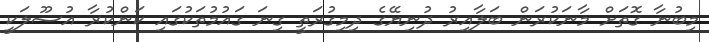
މިބުނާ ގޮތަށް މާނަކުރަން ބަލާއިރު ދުނިޔޭގެ ދިމިގުރަތީ ގިނަ ގައުމުތަކުގައި ކަންކުރާ އުސޫލަކީ